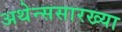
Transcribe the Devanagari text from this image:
अथेन्ससारख्या